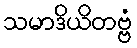
သမာဒိယိတဗ္ဗံ